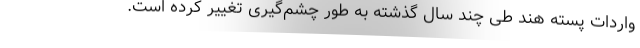
واردات پسته هند طی چند سال گذشته به طور چشم‌گیری تغییر کرده است.